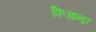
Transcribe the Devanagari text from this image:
फिआन्द्रा